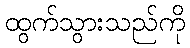
ထွက်သွားသည်ကို